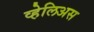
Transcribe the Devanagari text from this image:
व्हेलिअस